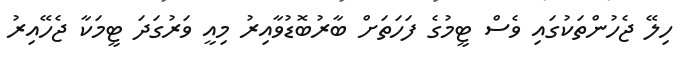
ހިލޭ ޖެހުންތަކުގައި ވެސް ޓީމުގެ ފަހަތަށް ބާރުބޮޑުވާއިރު މިއީ ވަރުގަދަ ޓީމަކާ ޖެހޭއިރު